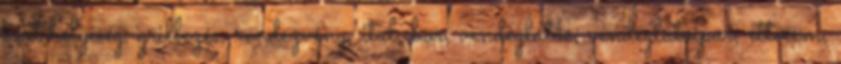
kert helyiség, grillezés, rendezvény, ital, bor, vendéglátás, vendéglátóipar, étterem,